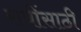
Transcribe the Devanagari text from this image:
रात्रींसाठी